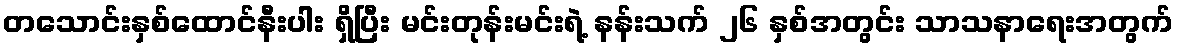
တသောင်းနှစ်ထောင်နီးပါး ရှိပြီး မင်းတုန်းမင်းရဲ့ နန်းသက် ၂၆ နှစ်အတွင်း သာသနာရေးအတွက်